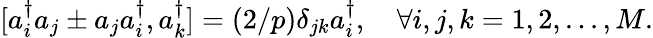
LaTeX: [a_{i}^{\dagger}a_{j}\pm a_{j}a_{i}^{\dagger},a_{k}^{\dagger}]=(2/p)\delta_{jk}a_{i}^{\dagger},\quad\forall i,j,k=1,2,...,M.